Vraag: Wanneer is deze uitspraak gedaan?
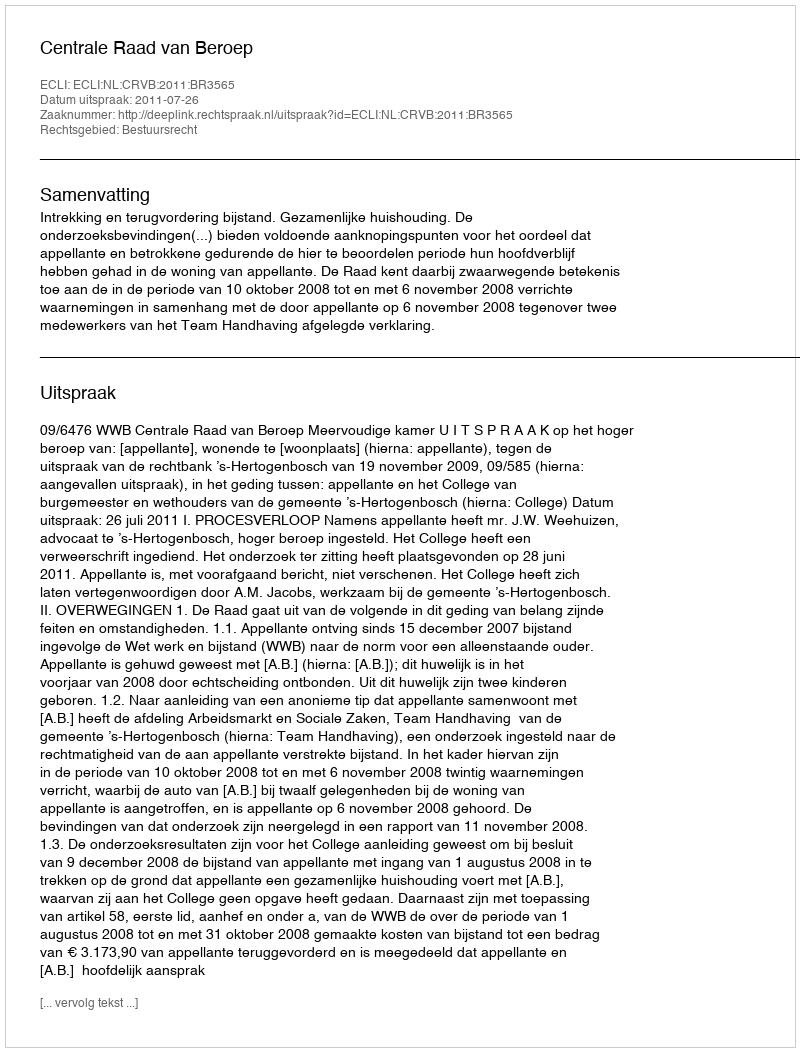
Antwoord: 2011-07-26